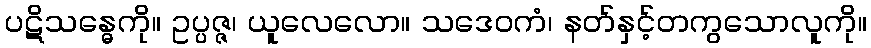
ပဋိသန္ဓေကို။ ဥပ္ပဇ္ဇ၊ ယူလေလော။ သဒေဝကံ၊ နတ်နှင့်တကွသောလူကို။